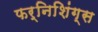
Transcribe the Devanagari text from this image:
फर्निशिंग्स